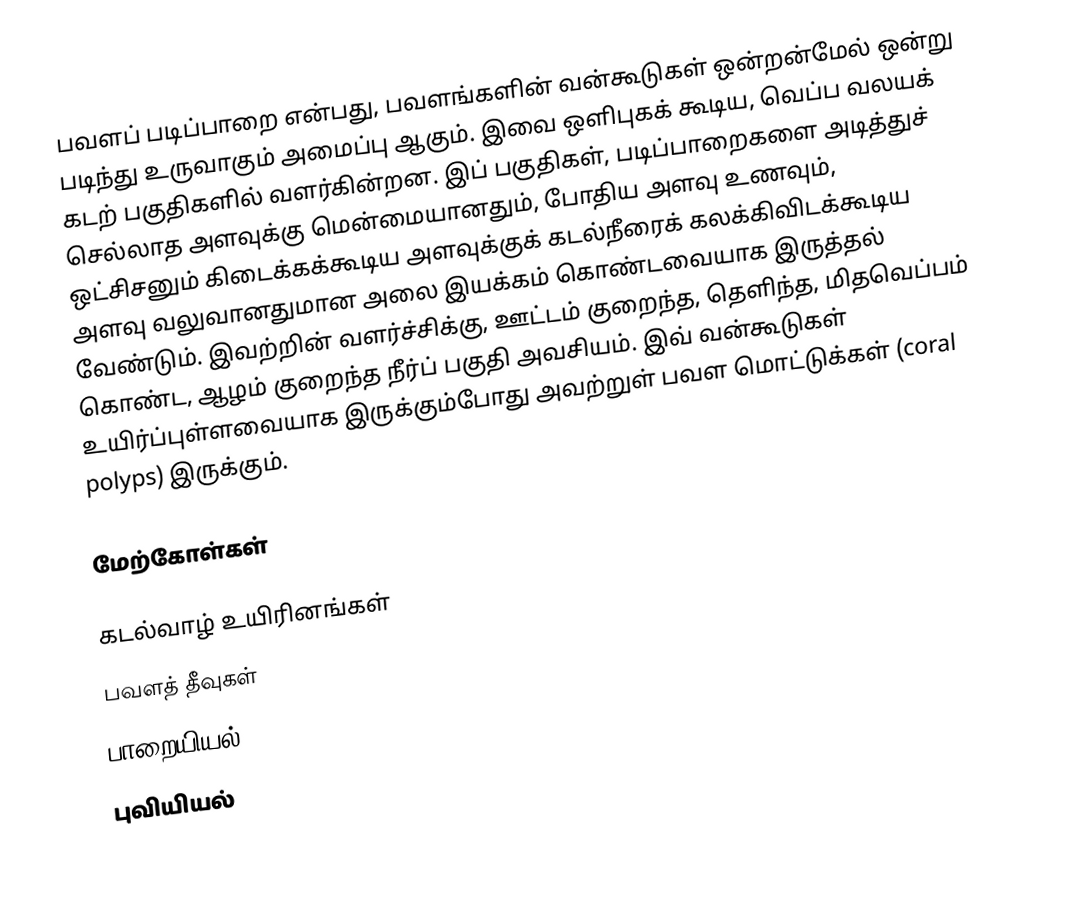
பவளப் படிப்பாறை என்பது, பவளங்களின் வன்கூடுகள் ஒன்றன்மேல் ஒன்று படிந்து உருவாகும் அமைப்பு ஆகும். இவை ஒளிபுகக் கூடிய, வெப்ப வலயக் கடற் பகுதிகளில் வளர்கின்றன. இப் பகுதிகள், படிப்பாறைகளை அடித்துச் செல்லாத அளவுக்கு மென்மையானதும், போதிய அளவு உணவும், ஒட்சிசனும் கிடைக்கக்கூடிய அளவுக்குக் கடல்நீரைக் கலக்கிவிடக்கூடிய அளவு வலுவானதுமான அலை இயக்கம் கொண்டவையாக இருத்தல் வேண்டும். இவற்றின் வளர்ச்சிக்கு, ஊட்டம் குறைந்த, தெளிந்த, மிதவெப்பம் கொண்ட, ஆழம் குறைந்த நீர்ப் பகுதி அவசியம். இவ் வன்கூடுகள் உயிர்ப்புள்ளவையாக இருக்கும்போது அவற்றுள் பவள மொட்டுக்கள் (coral polyps) இருக்கும்.

மேற்கோள்கள்

கடல்வாழ் உயிரினங்கள்
பவளத் தீவுகள்
பாறையியல்
புவியியல்